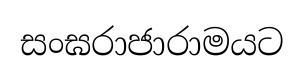
සංඝරාජාරාමයට